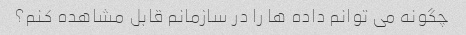
چگونه می توانم داده ها را در سازمانم قابل مشاهده کنم؟